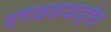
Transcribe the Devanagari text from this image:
ट्राइहाइड्रेट